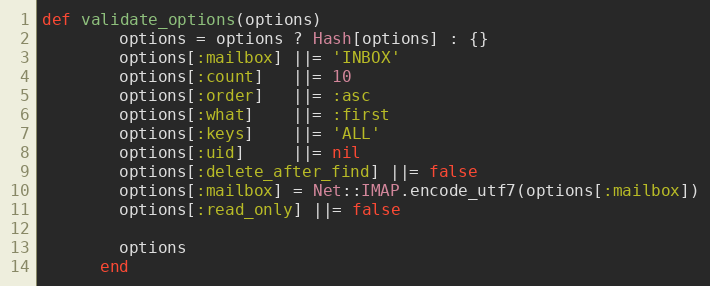
Language: Ruby
def validate_options(options)
        options = options ? Hash[options] : {}
        options[:mailbox] ||= 'INBOX'
        options[:count]   ||= 10
        options[:order]   ||= :asc
        options[:what]    ||= :first
        options[:keys]    ||= 'ALL'
        options[:uid]     ||= nil
        options[:delete_after_find] ||= false
        options[:mailbox] = Net::IMAP.encode_utf7(options[:mailbox])
        options[:read_only] ||= false

        options
      end